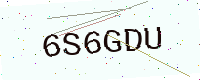
Text: 6S6GDU